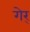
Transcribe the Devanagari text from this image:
गेर्